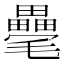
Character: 𣰸